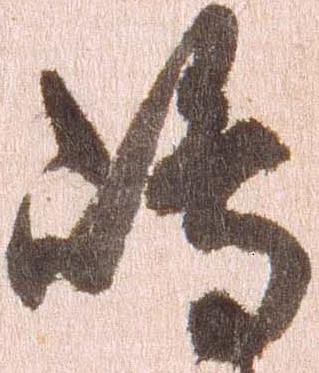
嶋